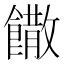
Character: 饊